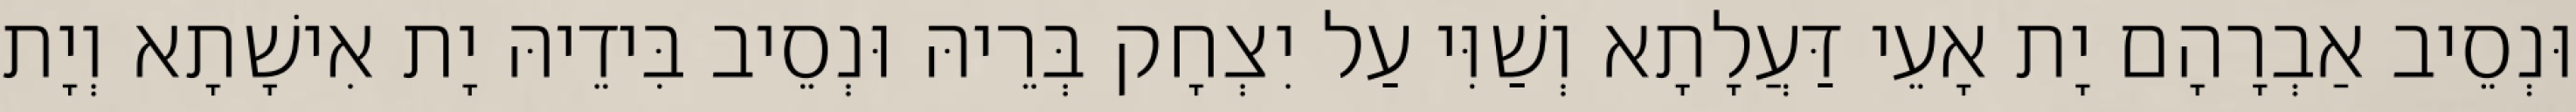
וּנְסֵיב אַבְרָהָם יָת אָעֵי דַּעֲלָתָא וְשַׁוִּי עַל יִצְחָק בְּרֵיהּ וּנְסֵיב בִּידֵיהּ יָת אִישָׁתָא וְיָת